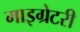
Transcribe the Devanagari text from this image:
माइग्रेटरी